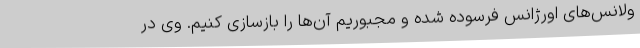
ولانس‌های اورژانس فرسوده شده و مجبوریم آن‌ها را بازسازی کنیم. وی در